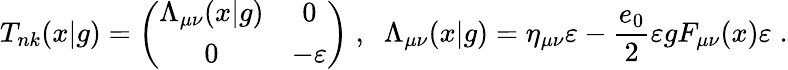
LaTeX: T_{nk}(x|g)=\left(\begin{array}{cc}{{\Lambda_{\mu\nu}(x|g)}}&{{0}}\\ {{0}}&{{-\varepsilon}}\end{array}\right)\; ,\; \; \Lambda_{\mu\nu}(x|g)=\eta_{\mu\nu}\varepsilon-\frac{e_{0}}{2}\varepsilon gF_{\mu\nu}(x)\varepsilon\; .